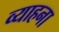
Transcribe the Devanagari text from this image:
व्याहना